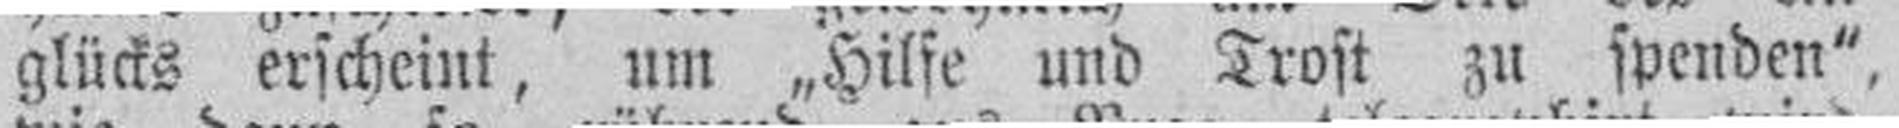
glücks erscheint, um „Hilfe und Trost zu spenden"